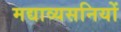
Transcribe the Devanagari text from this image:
मद्याव्यसनियों